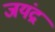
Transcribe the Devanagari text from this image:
जयंद्र